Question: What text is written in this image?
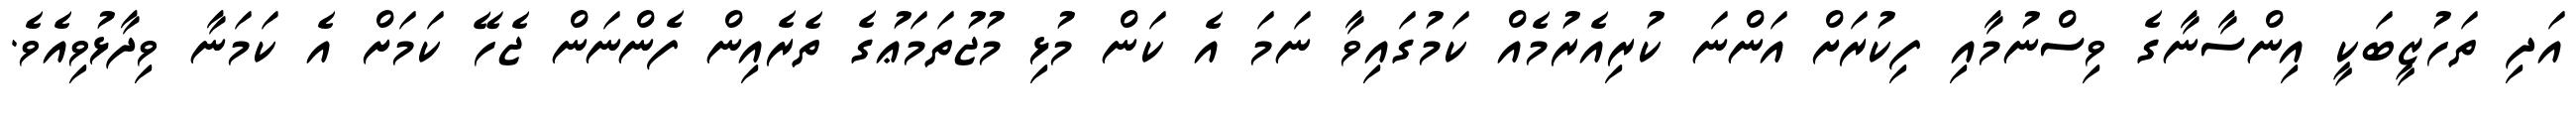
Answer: އަދި ތަހުޒީބަކީ އިންސާނާގެ ވިސްނުމާއި ފިކުރަށް އަންނަ ކުރިއެރުމެއް ކަމުގައިވާ ނަމަ އެ ކަން މުޅި މުޖުތަމަޢުގެ ތެރެއިން ފެންނަން ޖެހޭ ކަމަށް އެ ކަމަނާ ވިދާޅުވިއެވެ.